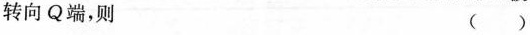
转向Q端，则 ( )